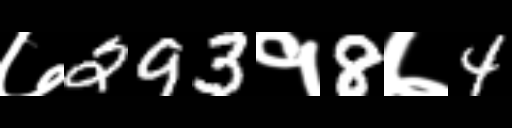
Text: ७293१8७4